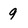
Character: 9